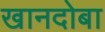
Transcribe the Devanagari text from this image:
खानदोबा